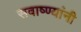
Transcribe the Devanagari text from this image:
सवाष्ण्यांनी